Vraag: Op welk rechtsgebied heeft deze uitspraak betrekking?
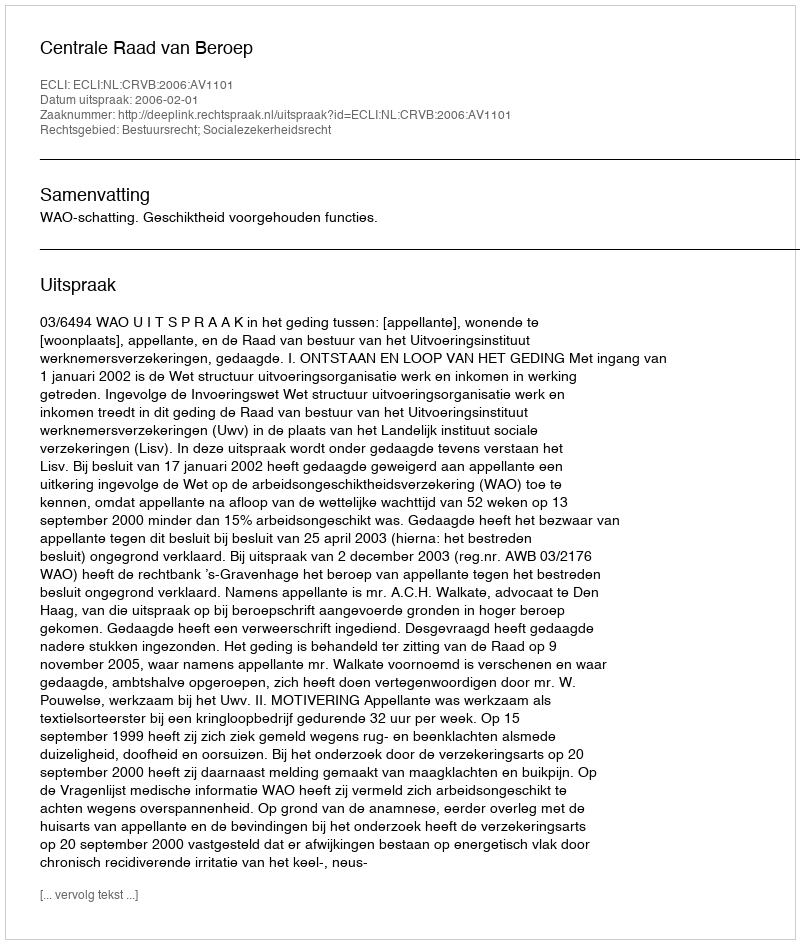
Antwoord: Bestuursrecht; Socialezekerheidsrecht